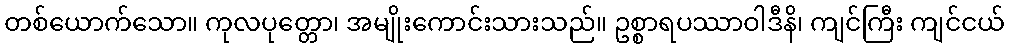
တစ်ယောက်သော။ ကုလပုတ္တော၊ အမျိုးကောင်းသားသည်။ ဥစ္စာရပဿာဝါဒီနိ၊ ကျင်ကြီး ကျင်ငယ်